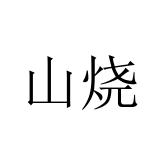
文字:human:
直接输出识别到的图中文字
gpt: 山烧